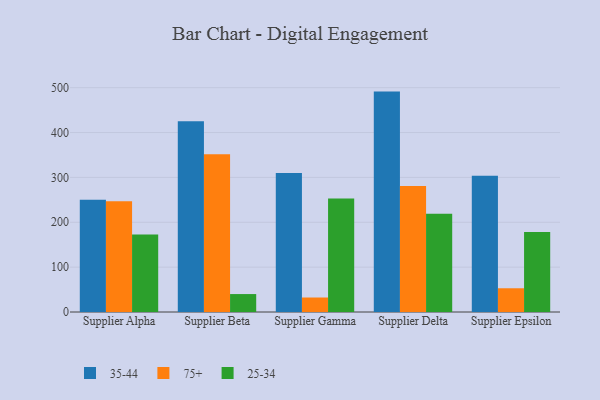
{"axis": {"x": "Supplier", "y": "Market Share (%)"}, "legend": ["25-34", "35-44", "75+"], "data": [{"x": "Supplier Alpha", "y": 250.4, "type": "35-44"}, {"x": "Supplier Alpha", "y": 247.0, "type": "75+"}, {"x": "Supplier Alpha", "y": 172.9, "type": "25-34"}, {"x": "Supplier Beta", "y": 425.1, "type": "35-44"}, {"x": "Supplier Beta", "y": 351.9, "type": "75+"}, {"x": "Supplier Beta", "y": 40.0, "type": "25-34"}, {"x": "Supplier Gamma", "y": 309.9, "type": "35-44"}, {"x": "Supplier Gamma", "y": 32.3, "type": "75+"}, {"x": "Supplier Gamma", "y": 253.2, "type": "25-34"}, {"x": "Supplier Delta", "y": 491.3, "type": "35-44"}, {"x": "Supplier Delta", "y": 280.7, "type": "75+"}, {"x": "Supplier Delta", "y": 219.1, "type": "25-34"}, {"x": "Supplier Epsilon", "y": 303.5, "type": "35-44"}, {"x": "Supplier Epsilon", "y": 52.9, "type": "75+"}, {"x": "Supplier Epsilon", "y": 178.3, "type": "25-34"}]}